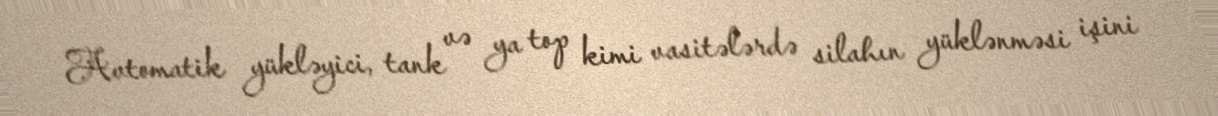
Avtomatik yükləyici, tank və ya top kimi vasitələrdə silahın yüklənməsi işini